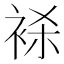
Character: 𬡕